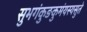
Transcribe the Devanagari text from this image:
सुभगंकुङकुमंयस्यसुते